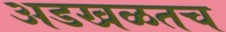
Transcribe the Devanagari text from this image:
अडखळतच